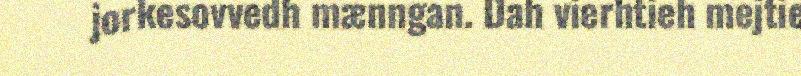
jorkesovvedh mænngan. Dah vierhtieh mejtie